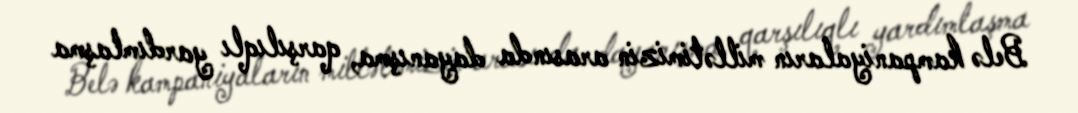
Belə kampaniyaların millətimizin arasında dayanışma, qarşılıqlı yardımlaşma